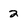
Character: 2